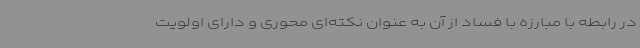
در رابطه با مبارزه با فساد از آن به عنوان نکته‌ای محوری و دارای اولویت